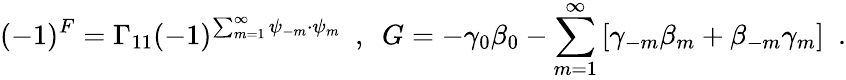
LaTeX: (-1)^{F}=\Gamma_{11}(-1)^{\sum_{m=1}^{\infty}\psi_{-m}\cdot\psi_{m}}~~,~~{G}=-\gamma_{0}\beta_{0}-\sum_{m=1}^{\infty}\left[\gamma_{-m}\beta_{m}+\beta_{-m}\gamma_{m}\right]~~.